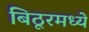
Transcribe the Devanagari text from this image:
बिठूरमध्ये